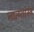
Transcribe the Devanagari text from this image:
नात्य्शास्त्र